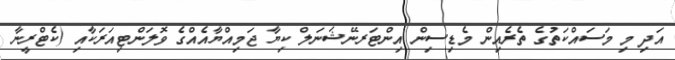
އަދި މި މަސައްކަތުގެ ތެރެއިން މެޑިސިން އިންޓަރނޭޝަނަލް ކިޔާ ޖަމިއްޔާއެއްގެ ވޮލަންޓިއަރަކާއި (ކެޓްރީނާ